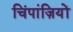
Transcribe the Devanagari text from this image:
चिंपांज़ियों